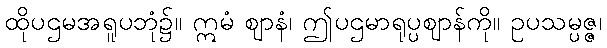
ထိုပဌမအရူပဘုံ၌။ ဣမံ ဈာနံ၊ ဤပဌမာရုပ္ပဈာန်ကို။ ဥပသမ္ပဇ္ဇ၊